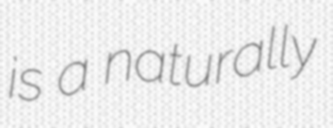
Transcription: is a naturally